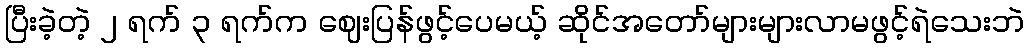
ပြီးခဲ့တဲ့ ၂ ရက် ၃ ရက်က ဈေးပြန်ဖွင့်ပေမယ့် ဆိုင်အတော်များများလာမဖွင့်ရဲသေးဘဲ